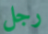
رجل